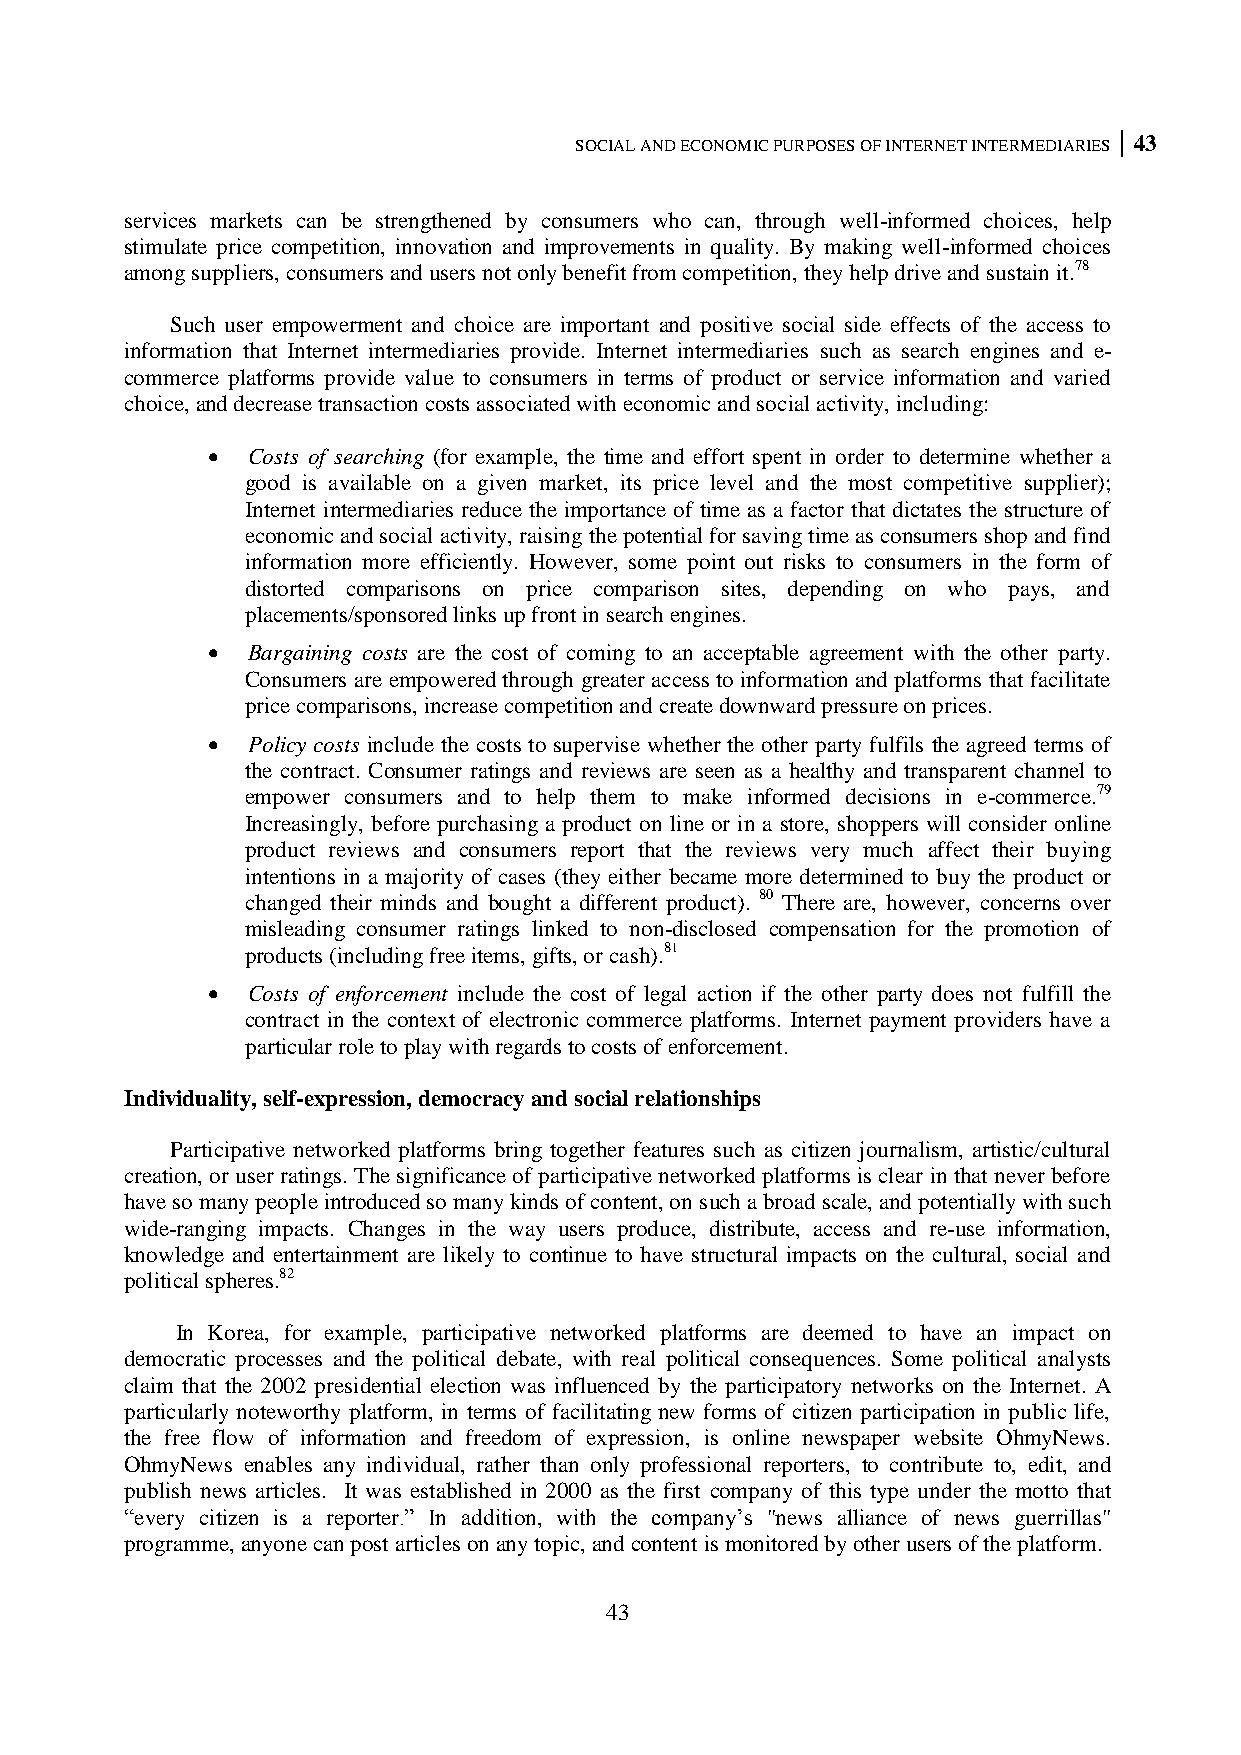
SOCIAL AND ECONOMIC PURPOSES OF INTERNET INTERMEDIARIES 43
 services markets can be strengthened by consumers who can, through well-informed choices, help
 stimulate price competition, innovation and improvements in quality. By making well-informed choices
 among suppliers, consumers and users not only benefit from competition, they help drive and sustain it.78
 Such user empowerment and choice are important and positive social side effects of the access to
 information that Internet intermediaries provide. Internet intermediaries such as search engines and e-
 commerce platforms provide value to consumers in terms of product or service information and varied
 choice, and decrease transaction costs associated with economic and social activity, including:
  Costs of searching (for example, the time and effort spent in order to determine whether a
 good is available on a given market, its price level and the most competitive supplier);
 Internet intermediaries reduce the importance of time as a factor that dictates the structure of
 economic and social activity, raising the potential for saving time as consumers shop and find
 information more efficiently. However, some point out risks to consumers in the form of
 distorted comparisons on price comparison sites, depending on who pays, and
 placements/sponsored links up front in search engines.
  Bargaining costs are the cost of coming to an acceptable agreement with the other party.
 Consumers are empowered through greater access to information and platforms that facilitate
 price comparisons, increase competition and create downward pressure on prices.
  Policy costs include the costs to supervise whether the other party fulfils the agreed terms of
 the contract. Consumer ratings and reviews are seen as a healthy and transparent channel to
 empower consumers and to help them to make informed decisions in e-commerce.79
 Increasingly, before purchasing a product on line or in a store, shoppers will consider online
 product reviews and consumers report that the reviews very much affect their buying
 intentions in a majority of cases (they either became more determined to buy the product or
 changed their minds and bought a different product). 80 There are, however, concerns over
 misleading consumer ratings linked to non-disclosed compensation for the promotion of
 products (including free items, gifts, or cash).81
  Costs of enforcement include the cost of legal action if the other party does not fulfill the
 contract in the context of electronic commerce platforms. Internet payment providers have a
 particular role to play with regards to costs of enforcement.
 Individuality, self-expression, democracy and social relationships
 Participative networked platforms bring together features such as citizen journalism, artistic/cultural
 creation, or user ratings. The significance of participative networked platforms is clear in that never before
 have so many people introduced so many kinds of content, on such a broad scale, and potentially with such
 wide-ranging impacts. Changes in the way users produce, distribute, access and re-use information,
 knowledge and entertainment are likely to continue to have structural impacts on the cultural, social and
 political spheres.82
 In Korea, for example, participative networked platforms are deemed to have an impact on
 democratic processes and the political debate, with real political consequences. Some political analysts
 claim that the 2002 presidential election was influenced by the participatory networks on the Internet. A
 particularly noteworthy platform, in terms of facilitating new forms of citizen participation in public life,
 the free flow of information and freedom of expression, is online newspaper website OhmyNews.
 OhmyNews enables any individual, rather than only professional reporters, to contribute to, edit, and
 publish news articles. It was established in 2000 as the first company of this type under the motto that
 ―every citizen is a reporter.‖ In addition, with the company‘s "news alliance of news guerrillas"
 programme, anyone can post articles on any topic, and content is monitored by other users of the platform.
 43